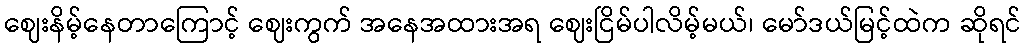
ဈေးနိမ့်နေတာကြောင့် ဈေးကွက် အနေအထားအရ ဈေးငြိမ်ပါလိမ့်မယ်၊ မော်ဒယ်မြင့်ထဲက ဆိုရင်